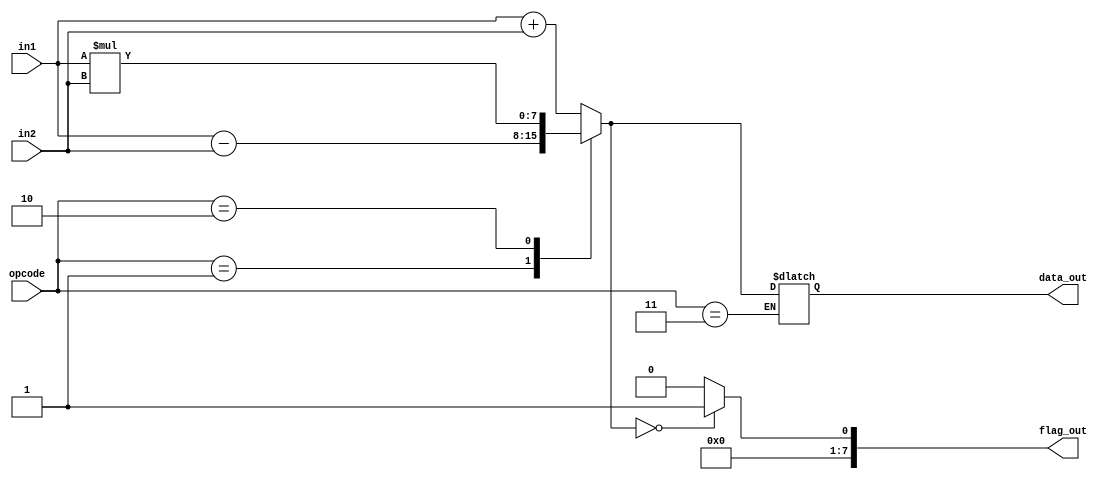
`timescale 1ns / 1ps
//////////////////////////////////////////////////////////////////////////////////
// Company: 
// Engineer: 
// 
// Design Name: 
// Module Name:    alu 
// Project Name: 
// Target Devices: 
// Tool versions: 
// Description: 
//
// Dependencies: 
//
// Revision: 
// Revision 0.01 - File Created
// Additional Comments: 
//
//////////////////////////////////////////////////////////////////////////////////
module alu(
		input [7:0] in1,
		input [7:0] in2,
		input [1:0] opcode,
		output reg [7:0] data_out,
		output reg [7:0] flag_out
    );

always@(in1,in2,opcode,flag_out,data_out)

begin
	case(opcode)
		2'd0:
		begin
		data_out=in1+in2;
		end
		
		2'd1:
		begin
		data_out=in1-in2;
		end
		
		/*3'd2:
		begin
		data_out=~in1;
		end
		
		3'd3:
		begin
		data_out=in1&in2;
		end*/
		
		2'd2:
		begin
		data_out=in1*in2;
		end
		
		2'd3:
		begin
		data_out = data_out;
		end
		
		
	endcase
	if(data_out==0)
	flag_out=1;
	else 
	flag_out=0;
end


endmodule